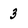
Character: 3